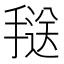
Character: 𱠥